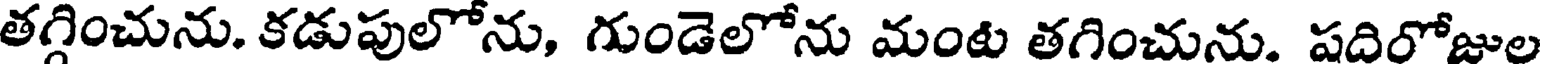
తగ్గించును. కడుపులోను, గుండెలోను మంట తగించును. షదిరోజుల